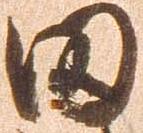
田